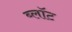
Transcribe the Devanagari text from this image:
ब्‍लॉट